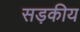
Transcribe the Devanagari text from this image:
सड़कीय